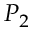
P _ { 2 }